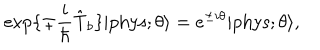
\exp \{ \mp \frac { i } { \hbar } \hat { \mathrm { T } } _ { b } \} | \mathrm { p h y s } ; \theta \rangle = e ^ { \pm i \theta } | \mathrm { p h y s } ; \theta \rangle ,